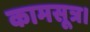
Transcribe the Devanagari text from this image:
कामसूत्र।